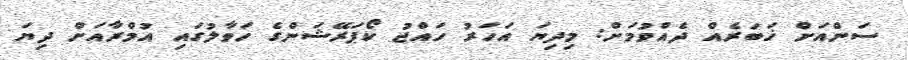
ސަންއަށް ޚަބަރެއް ދެއްވުމަށް: މިދިޔަ އަހަރު ހައްޖު ކޯޕަރޭޝަންގެ ހަވާލުގައި އުމްރާއަށް ދިޔަ